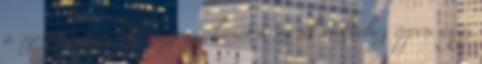
a szeretet megélője viszonyulását a másik emberhez éppen úgy,